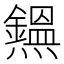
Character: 𤒸